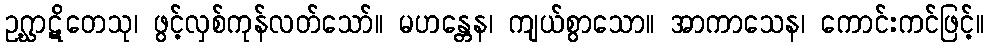
ဥဂ္ဃာဋိတေသု၊ ဖွင့်လှစ်ကုန်လတ်သော်။ မဟန္တေန၊ ကျယ်စွာသော။ အာကာသေန၊ ကောင်းကင်ဖြင့်။